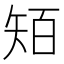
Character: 𥏄